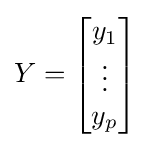
Y={\begin{bmatrix}y_{1}\\\vdots \\y_{p}\end{bmatrix}}